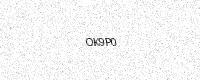
Text: OK9P0